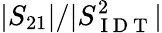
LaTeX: |S_{21}|/|S_{\mathrm{~I~D~T~}}^{2}|